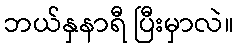
ဘယ်နှနာရီ ပြီးမှာလဲ။